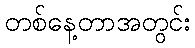
တစ်နေ့တာအတွင်း